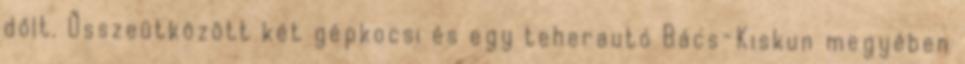
dőlt. Összeütközött két gépkocsi és egy teherautó Bács-Kiskun megyében